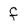
Character: f